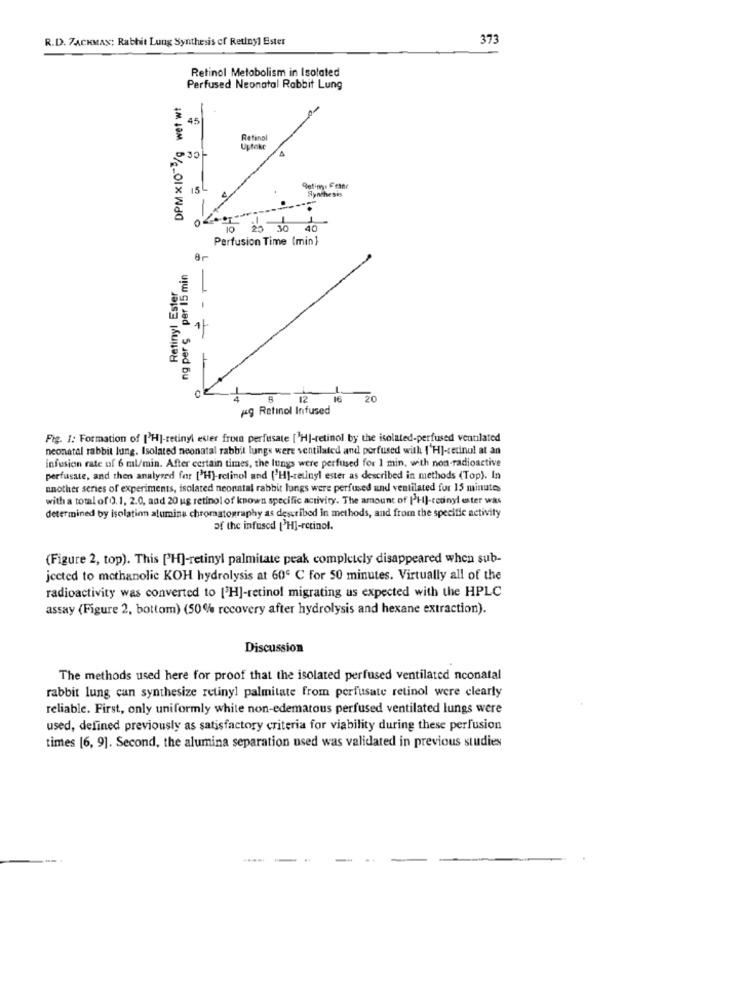
R.D. 7ACKMAN: Rabbit Lung Synthesis of Retinyl Ester
373
Retinol Metabolism in Isolated
Perfused Neonatal Rabbit Lung
DPM x10 /g wet wt
-
45
Retinol
Upfake
A
930-
15L
Syntheses
4
20 30 40
Perfusion Time (min}
ng per s per 15 min
Retinyl Ester
-- -
0
16
20
kg Retinol Infused
Fig. 1: Formation of [H]-retinyl esier from perfusate [ H]-retinol by the isolated-perfused ventilated
neonatal rabbit lung. Isolated neonatal rabbit lungs were ventilated and perfused with ['H]-retinol at an
infusion rate of 6 ml/min. After certain times, the lungs were perfused for 1 min, with non-radioactive
perfusate, and then analyzed for ['H)-retinol and ['HJ-retinyl ester as described in methods (Top). In
another series of experiments, isolated neonatal rabbit lungs were perfused and ventilated for 15 minutes
with a total of 0.1, 2.0, and 20 ug retinol of known specific activity. The amount of [H]-cedinyl ester was
determined by isolation alumina chromatography as described in methods, and from the specific activity
of the infused [ H]-retinol.
(Figure 2, top). This [H]-retinyl palmitate peak completely disappeared when sub-
jected to methanolie KOH hydrolysis at 60º C for 50 minutes. Virtually all of the
radioactivity was converted to [2H]-retinol migrating as expected with the HPLC
assay (Figure 2, bottom) (50% recovery after hydrolysis and hexane extraction).
Discussion
The methods used here for proof that the isolated perfused ventilated nconatal
rabbit lung can synthesize retinyl palmitate from perfusate retinol were clearly
reliable. First, only uniformly white non-edematous perfused ventilated lungs were
used, defined previously as satisfactory criteria for viability during these perfusion
times [6, 9]. Second, the alumina separation used was validated in previous studies